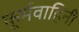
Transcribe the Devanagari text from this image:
कूर्मवाहिनी